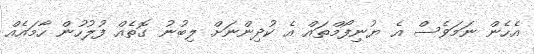
އެހެން ނަމަވެސް އެ ޔުނިފޯމްތައް އެ ކުދިންނަށް ލިބުނު ގޮތެއް ފުލުހުން ހާމައެއް